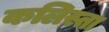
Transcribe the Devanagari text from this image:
कलिस्ता